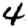
Digit: 4